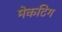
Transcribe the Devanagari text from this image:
मेकटिग